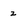
Character: z